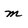
Character: m